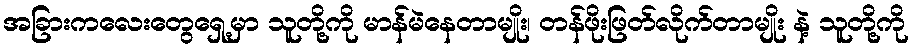
အခြားကလေးတွေရှေ့မှာ သူတို့ကို မာန်မဲနေတာမျိုး၊ တန်ဖိုးဖြတ်လိုက်တာမျိုး နဲ့ သူတို့ကို